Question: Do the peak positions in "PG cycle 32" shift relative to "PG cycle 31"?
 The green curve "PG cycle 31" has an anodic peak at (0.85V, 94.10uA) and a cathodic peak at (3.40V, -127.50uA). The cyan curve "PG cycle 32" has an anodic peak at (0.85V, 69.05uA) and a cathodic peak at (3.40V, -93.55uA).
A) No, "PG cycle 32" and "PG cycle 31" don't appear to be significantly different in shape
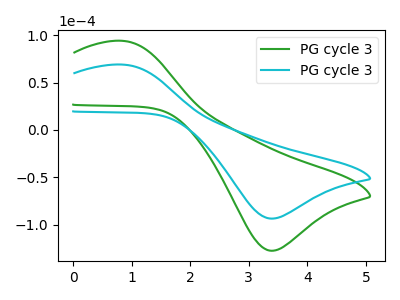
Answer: <think>All the peaks in "PG cycle 32" have a peak in "PG cycle 31" at the same potential. Every peak in "PG cycle 32" is lower than every peak in "PG cycle 31".
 </think>
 <answer>A) No, "PG cycle 32" and "PG cycle 31" don't appear to be significantly different in shape</answer>
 <eval>A</eval>